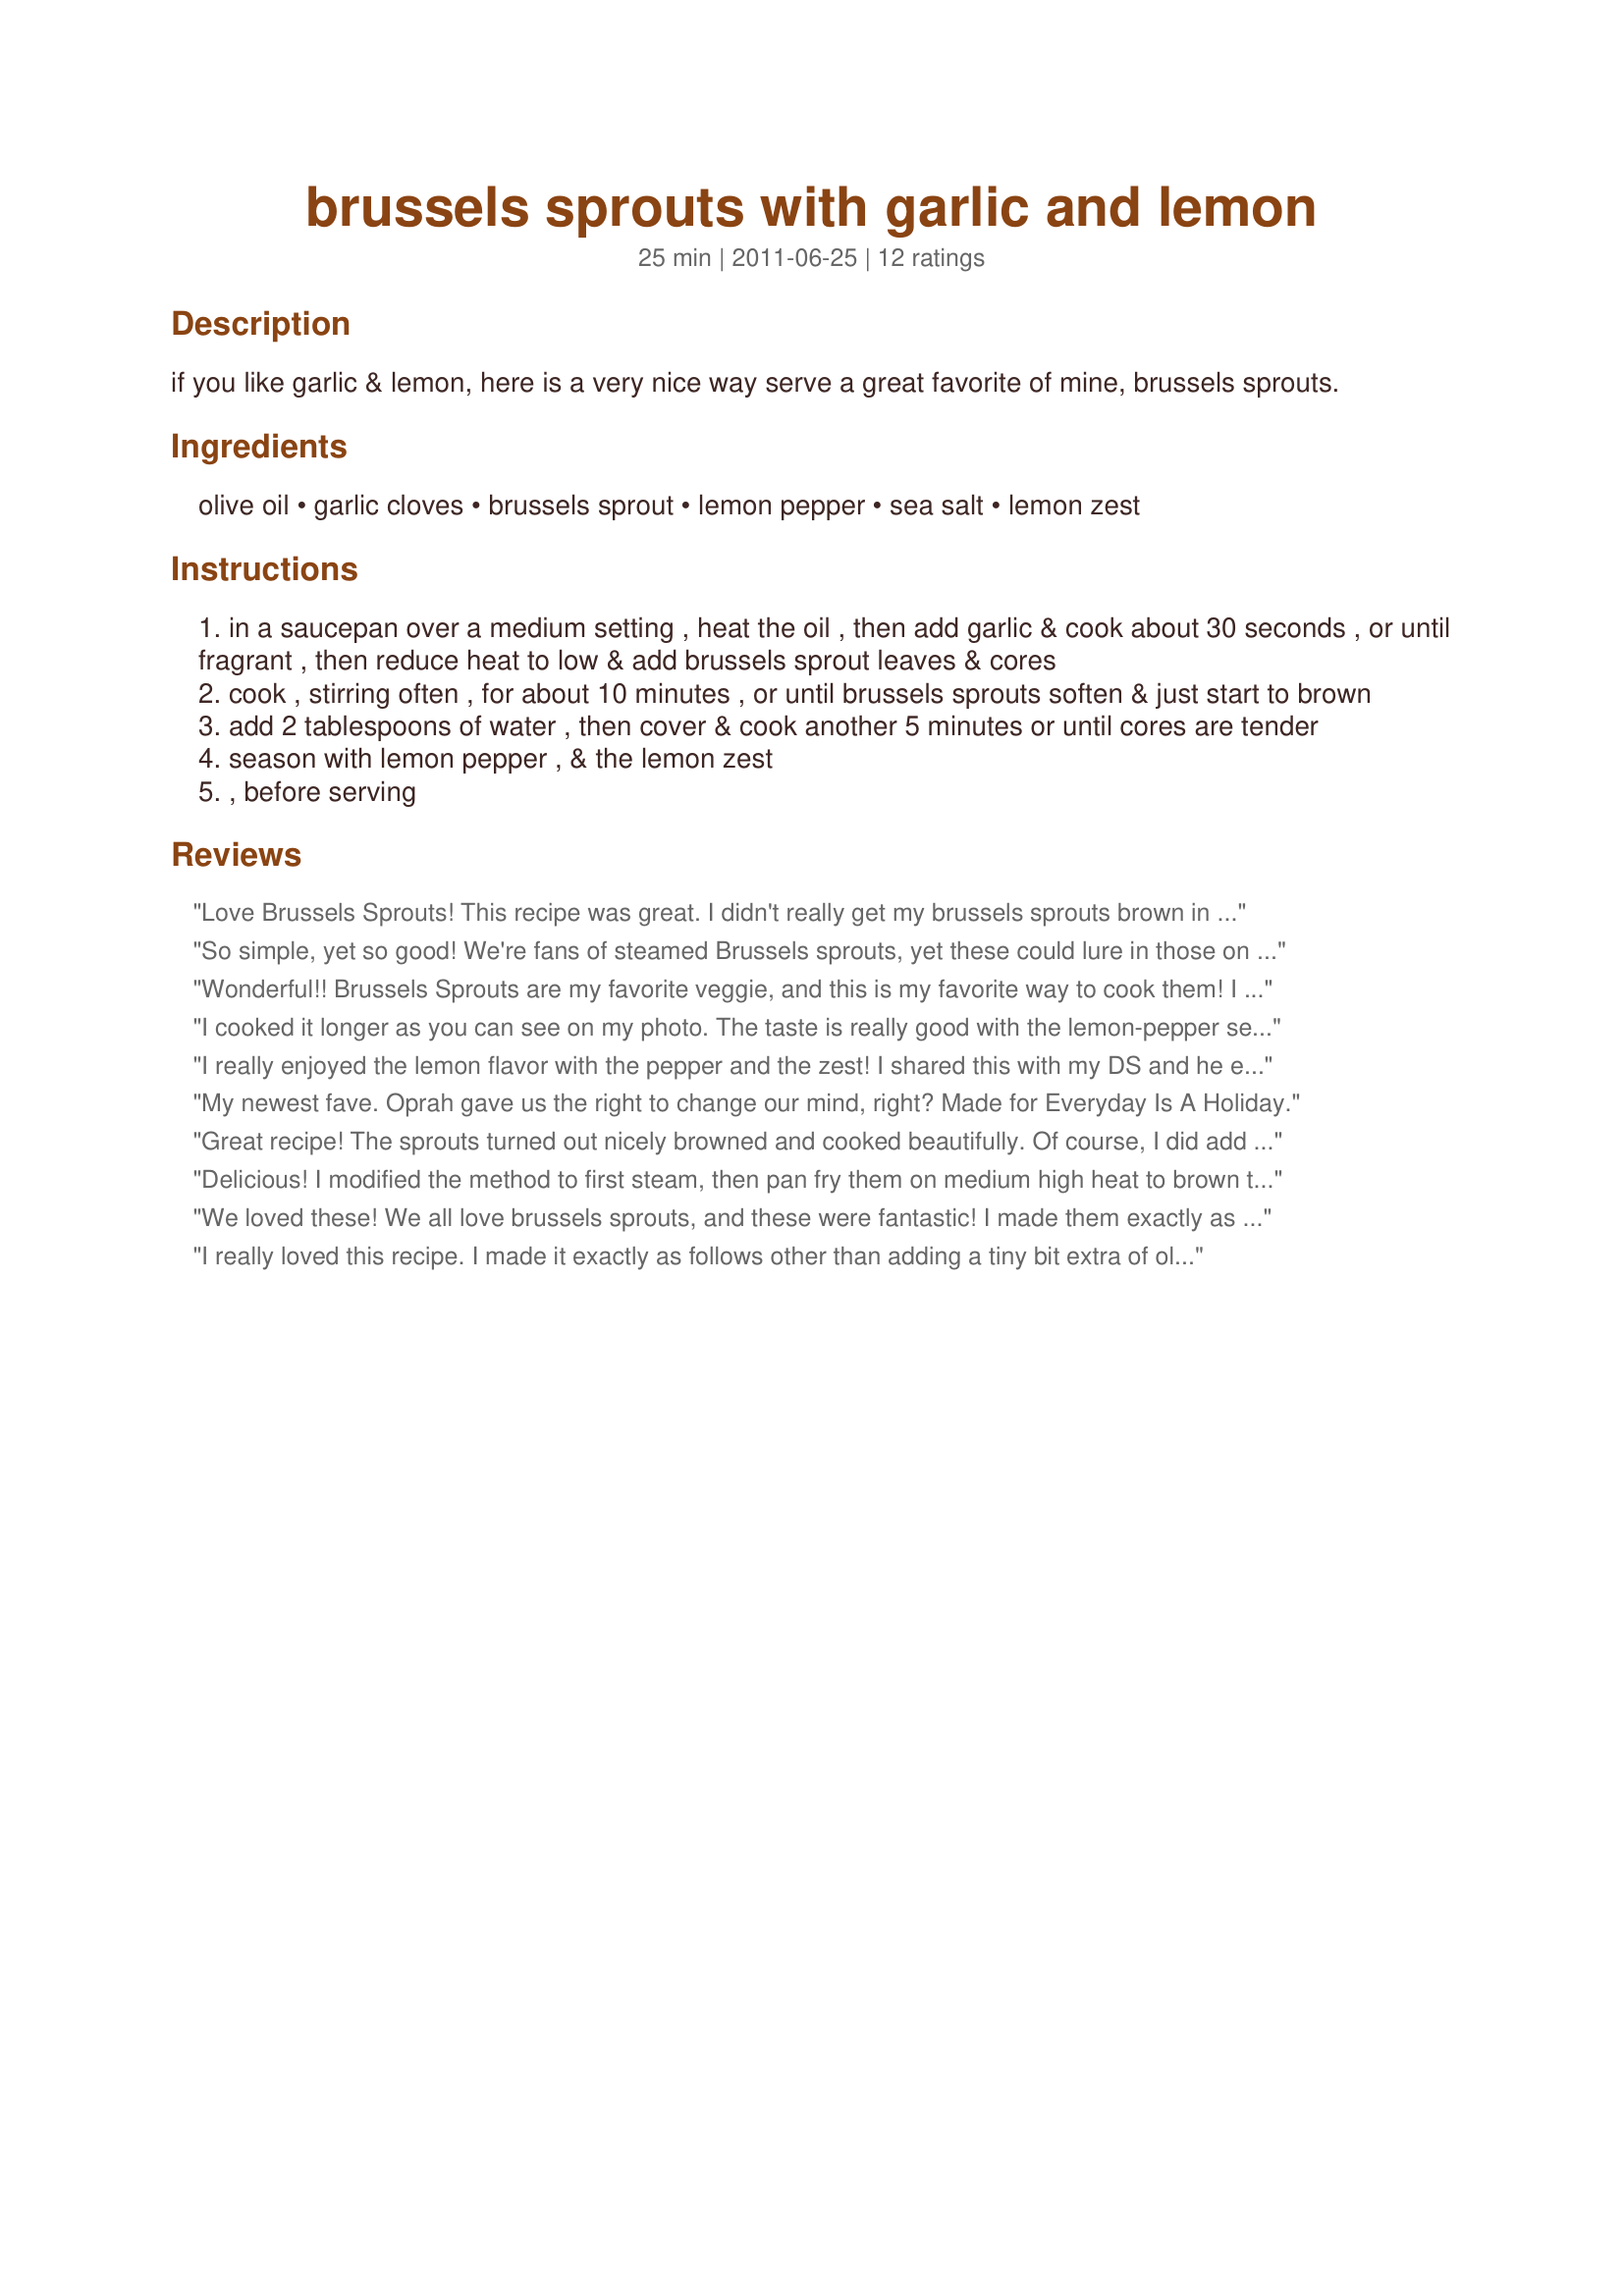
brussels sprouts with garlic and lemon
Preparation time: 25 minutes

if you like garlic & lemon, here is a very nice way serve a great favorite of mine, brussels sprouts.

Ingredients:
olive oil, garlic cloves, brussels sprout, lemon pepper, sea salt, lemon zest

Steps:
in a saucepan over a medium setting , heat the oil , then add garlic & cook about 30 seconds , or until fragrant , then reduce heat to low & add brussels sprout leaves & cores
cook , stirring often , for about 10 minutes , or until brussels sprouts soften & just start to brown
add 2 tablespoons of water , then cover & cook another 5 minutes or until cores are tender
season with lemon pepper , & the lemon zest
, before serving

Reviews:
Love Brussels Sprouts! This recipe was great. I didn't really get my brussels sprouts brown in the time allotted, but they were delicious as is. Thanks for sharing your wonderful recipe!
So simple, yet so good! We're fans of steamed Brussels sprouts, yet these could lure in those on the fence with their quasi-roasted allure.
Wonderful!! Brussels Sprouts are my favorite veggie, and this is my favorite way to cook them! I took the zest down to about 3/4 tsp, and they were perfect! I can't wait to make them again. Thanks!!
I cooked it longer as you can see on my photo. The taste is really good with the lemon-pepper seaoning and the lemon zest. And it's healthy. I'll be having the leftover for my lunch :) Thanks Sydney Mike. Made for Almost 5 tag game
I really enjoyed the lemon flavor with the pepper and the zest! I shared this with my DS and he enjoyed it too. Thanks Syd! Made for the Please Review My Recipe Game.
My newest fave. Oprah gave us the right to change our mind, right? Made for Everyday Is A Holiday.
Great recipe! The sprouts turned out nicely browned and cooked beautifully. Of course, I did add more lemon pepper cause I'm addicted to the stuff. Thanks Syd!
Delicious! I modified the method to first steam, then pan fry them on medium high heat to brown them, skipping the water. Great great flavor. This served two in our house.
We loved these! We all love brussels sprouts, and these were fantastic! I made them exactly as posted, and the flavours were amazing. Thanks for posting!
I really loved this recipe. I made it exactly as follows other than adding a tiny bit extra of olive oil and water. I'll definitely be making this again. Thanks Syd!
Fantastic! I love Brussels Sprouts and this is a great way to serve them. I made just as directed and would not change a thing. Even DH, who is not fond of Brussels sprouts, enjoyed these. Loved this - thanks for sharing the recipe!
Wow, what a fantastic way to cook Sprouts!<br/>The whole family loved this Syd! Wonderful flavours and we especially loved the added lemon. I followed the recipe exactly and would not change a thing, they are so good this way!<br/>Thanks for a great recipe using this families favourite. I will be making this quite often now Syd!
